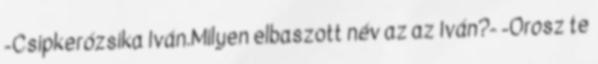
-Csipkerózsika Iván.Milyen elbaszott név az az Iván?- -Orosz te